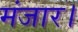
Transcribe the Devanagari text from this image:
मंजार।